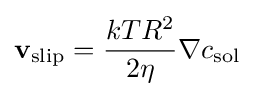
{\bf {v}}_{\text{slip}}={\frac {kTR^{2}}{2\eta }}\nabla c_{\text{sol}}